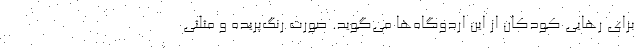
برای رهایی کودکان از این اردوگاه‌ها می‌گوید. صورت رنگ‌پریده و مثلثی